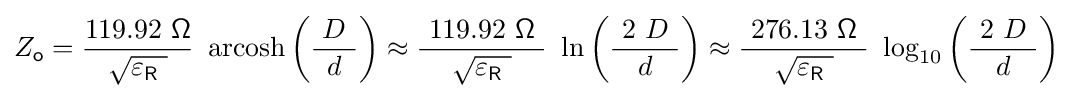
Z_{\mathsf {o}}={\frac {119.92\ {\mathsf {\Omega }}}{\ {\sqrt {\varepsilon _{\mathsf {R}}\ }}\ }}\ \operatorname {arcosh} \left({\frac {\ D\ }{d}}\right)\approx {\frac {\ 119.92\ {\mathsf {\Omega }}\ }{\ {\sqrt {\varepsilon _{\mathsf {R}}\ }}\ }}\ \ln \left({\frac {\ 2\ D\ }{d}}\right)\approx {\frac {\ 276.13\ {\mathsf {\Omega }}\ }{\sqrt {\varepsilon _{\mathsf {R}}\ }}}\ \log _{10}\left({\frac {\ 2\ D\ }{d}}\right)~